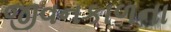
જીવનકાળના